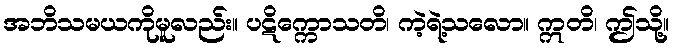
အဘိသမယကိုမူလည်း။ ပဋိက္ကောသတိ၊ ကဲ့ရဲ့သလော။ ဣတိ၊ ဤသို့။